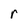
Character: r